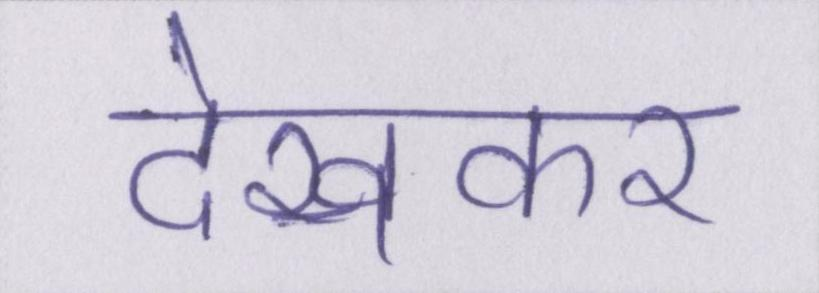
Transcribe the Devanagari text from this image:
देखकर